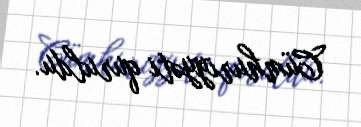
Cümhuriyyəti quruldu.